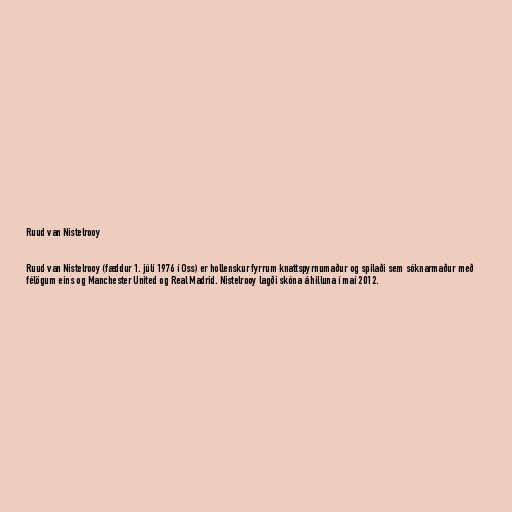
Ruud van Nistelrooy

Ruud van Nistelrooy (fæddur 1. júlí 1976 í Oss) er hollenskur fyrrum knattspyrnumaður og spilaði sem sóknarmaður með
félögum eins og Manchester United og Real Madrid. Nistelrooy lagði skóna á hilluna í maí 2012.